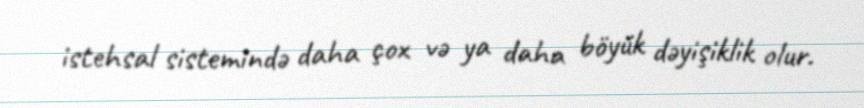
istehsal sistemində daha çox və ya daha böyük dəyişiklik olur.